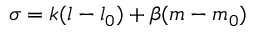
\sigma = k ( l - l _ { 0 } ) + \beta ( m - m _ { 0 } )